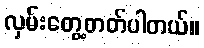
လှမ်းတွေ့တတ်ပါတယ်။